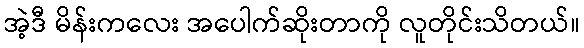
အဲ့ဒီ မိန်းကလေး အပေါက်ဆိုးတာကို လူတိုင်းသိတယ်။